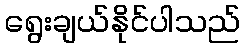
ရွေးချယ်နိုင်ပါသည်